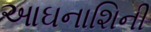
આઘનાશિની